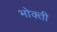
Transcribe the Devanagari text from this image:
भोक्ती